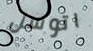
اتوسل